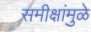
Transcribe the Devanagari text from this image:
समीक्षांमुळे